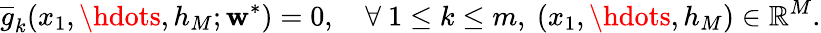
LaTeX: \overline{{g}}_{k}(x_{1},\hdots,h_{M};\mathbf{w}^{*})=0,\quad\forall\ 1\leq k\leq m,\ (x_{1},\hdots,h_{M})\in\mathbb{R}^{M}.